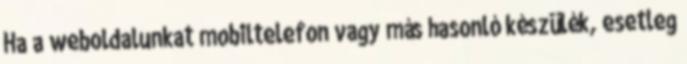
Ha a weboldalunkat mobiltelefon vagy más hasonló készülék, esetleg